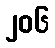
၂၀၆